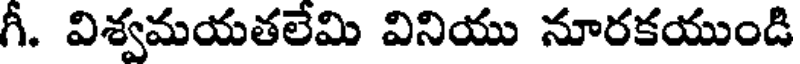
గీ. విశ్వమయతలేమి వినియు నూరకయుండి